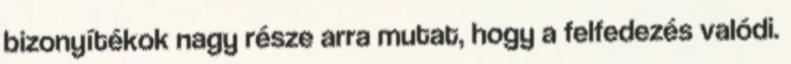
bizonyítékok nagy része arra mutat, hogy a felfedezés valódi.